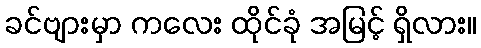
ခင်ဗျားမှာ ကလေး ထိုင်ခုံ အမြင့် ရှိလား။